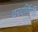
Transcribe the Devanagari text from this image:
वरवर्णिनी